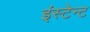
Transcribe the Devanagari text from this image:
इंस्टेन्ट